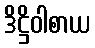
ဒိဋ္ဌိဝါစာယ